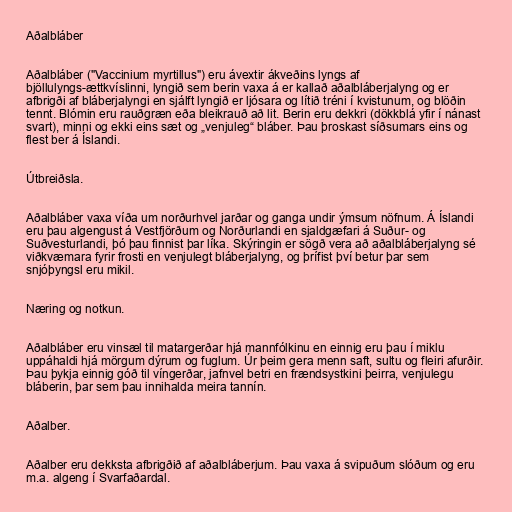
Aðalbláber

Aðalbláber ("Vaccinium myrtillus") eru ávextir ákveðins lyngs af
bjöllulyngs-ættkvíslinni, lyngið sem berin vaxa á er kallað aðalbláberjalyng og er
afbrigði af bláberjalyngi en sjálft lyngið er ljósara og lítið tréni í kvistunum, og blöðin
tennt. Blómin eru rauðgræn eða bleikrauð að lit. Berin eru dekkri (dökkblá yfir í nánast
svart), minni og ekki eins sæt og „venjuleg“ bláber. Þau þroskast síðsumars eins og
flest ber á Íslandi.

Útbreiðsla.

Aðalbláber vaxa víða um norðurhvel jarðar og ganga undir ýmsum nöfnum. Á Íslandi
eru þau algengust á Vestfjörðum og Norðurlandi en sjaldgæfari á Suður- og
Suðvesturlandi, þó þau finnist þar líka. Skýringin er sögð vera að aðalbláberjalyng sé
viðkvæmara fyrir frosti en venjulegt bláberjalyng, og þrífist því betur þar sem
snjóþyngsl eru mikil.

Næring og notkun.

Aðalbláber eru vinsæl til matargerðar hjá mannfólkinu en einnig eru þau í miklu
uppáhaldi hjá mörgum dýrum og fuglum. Úr þeim gera menn saft, sultu og fleiri afurðir.
Þau þykja einnig góð til víngerðar, jafnvel betri en frændsystkini þeirra, venjulegu
bláberin, þar sem þau innihalda meira tannín.

Aðalber.

Aðalber eru dekksta afbrigðið af aðalbláberjum. Þau vaxa á svipuðum slóðum og eru
m.a. algeng í Svarfaðardal.